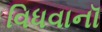
વિધવાનૉ